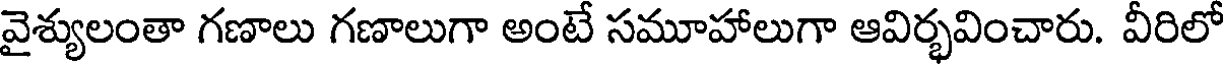
వైశ్యులంతా గణాలు గణాలుగా అంటే సమూహాలుగా ఆవిర్భవించారు. వీరిలో